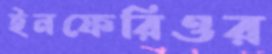
ইনফেরিওর